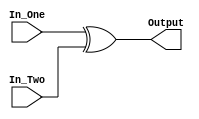
/* A simple 16 bit XOR
 *
 * wchen329@wisc.edu
 */
module xor_16bit(Output, In_One, In_Two);
	input [15:0] In_One, In_Two;
	output [15:0] Output;

	assign Output = In_One ^ In_Two;

endmodule